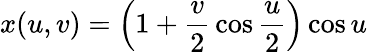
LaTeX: x(u,v)=\left(1+{\frac{v}{2}}\cos{\frac{u}{2}}\right)\cos u